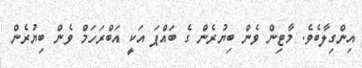
އިންގިލާބެވެ. މާޓިން ވެން ބިޔުރެން ގެ ބައްޕަ އަކީ އަބްރަހަމް ވެން ބިޔުރެން